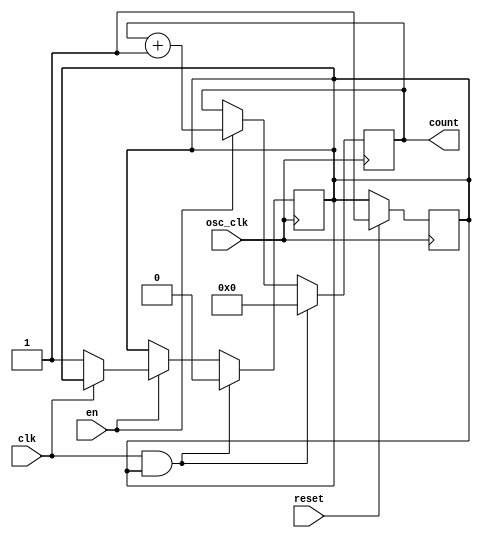
module contador#(parameter N = 8)(input osc_clk, input en, input reset, input clk, output reg [N-1:0] count);

reg aux;
reg pre_aux;

always @(posedge osc_clk) begin
	if(reset) aux <= 1;
	//else aux <= pre_aux;
end

always @(posedge osc_clk) begin
	if(clk && aux) begin
		aux <= 0;
		count <= 0;
	end
	else if(en) begin
		if(!clk) aux<= 1;
		count <= count + 1;
	end
end

endmodule